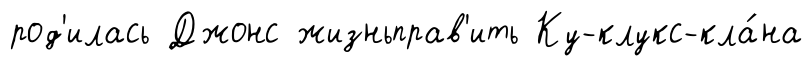
род'илась Джонс жизньправ'ить Ку-клукс-кла́на